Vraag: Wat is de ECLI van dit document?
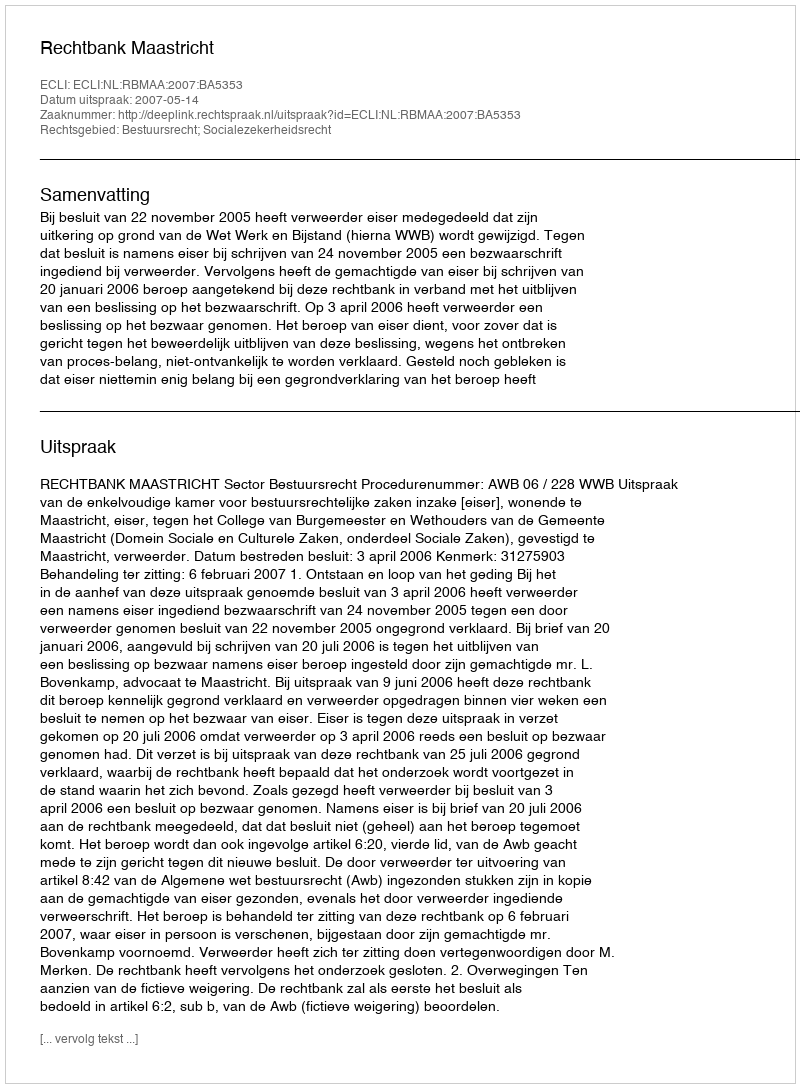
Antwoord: ECLI:NL:RBMAA:2007:BA5353